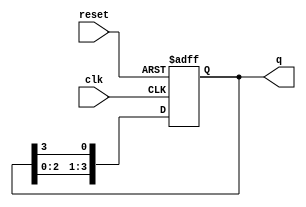
module ring_counter (
    input wire clk,          // Clock input
    input wire reset,        // Asynchronous reset
    output reg [3:0] q       // 4-bit output
);

// Initialization of the ring counter
initial begin
    q = 4'b0001; // Initial state
end

// Always block triggered on the rising edge of the clock or reset
always @(posedge clk or posedge reset) begin
    if (reset) begin
        q <= 4'b0001; // Reset to initial state
    end else begin
        // Shift the '1' to the left, wrapping around
        q <= {q[2:0], q[3]}; // Shift left and feedback from the last flip-flop
    end
end

endmodule